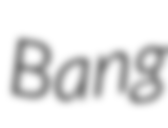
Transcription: Bang